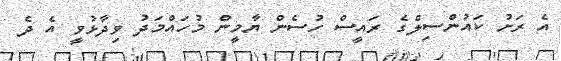
އެ ރަށު ކައުންސިލްގެ ރައީސް ހުސެން ޔާމީން މުހައްމަދު ވިދާޅުވީ އެ ދެ